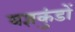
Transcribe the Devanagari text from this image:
यज्ञकुंडों